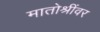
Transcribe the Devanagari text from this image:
मातोश्रींवर